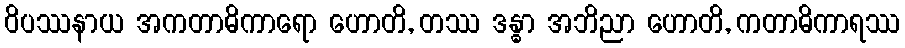
ဝိပဿနာယ အကတာဓိကာရော ဟောတိ, တဿ ဒန္ဓာ အဘိညာ ဟောတိ, ကတာဓိကာရဿ